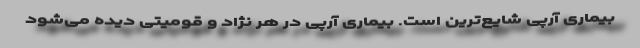
بیماری آرپی شایع‌ترین است. بیماری آرپی در هر نژاد و قومیتی دیده می‌شود